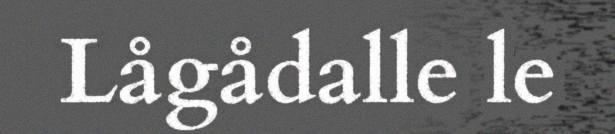
Lågådalle le